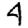
Digit: 4